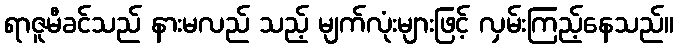
ရာဇူမီခင်သည် နားမလည် သည့် မျက်လုံးများဖြင့် လှမ်းကြည့်နေသည်။